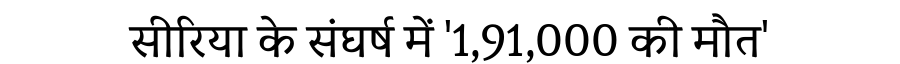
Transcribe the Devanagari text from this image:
सीरिया के संघर्ष में '1,91,000 की मौत'